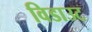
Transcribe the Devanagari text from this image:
विडाउट